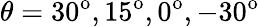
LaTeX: \theta=30^{\textrm{o}},15^{\textrm{o}},0^{\textrm{o}},-30^{\textrm{o}}